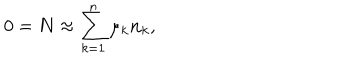
0 = { \bf N } \approx \sum _ { k = 1 } ^ { n } \mu _ { k } { \bf n } _ { k } ,